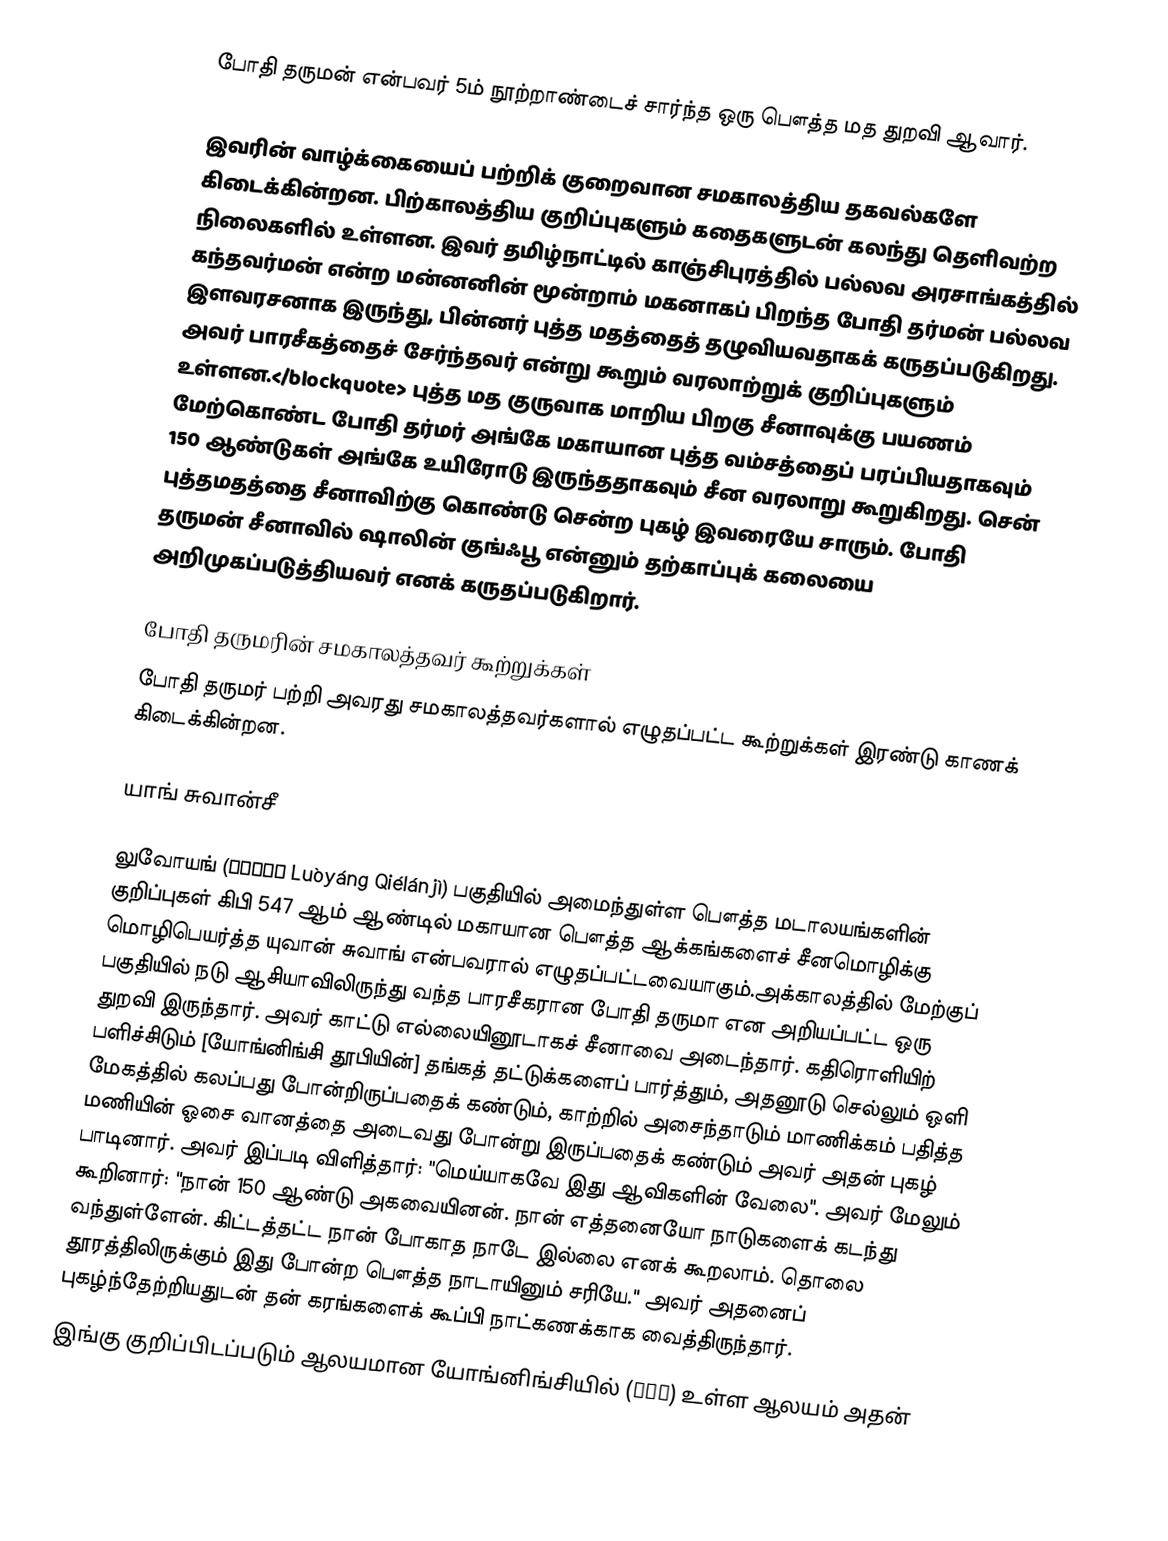
போதி தருமன் என்பவர் 5ம் நூற்றாண்டைச் சார்ந்த ஒரு பௌத்த மத துறவி ஆவார்.

இவரின் வாழ்க்கையைப் பற்றிக் குறைவான சமகாலத்திய தகவல்களே கிடைக்கின்றன. பிற்காலத்திய குறிப்புகளும் கதைகளுடன் கலந்து தெளிவற்ற நிலைகளில் உள்ளன. இவர் தமிழ்நாட்டில் காஞ்சிபுரத்தில் பல்லவ அரசாங்கத்தில் கந்தவர்மன் என்ற மன்னனின் மூன்றாம் மகனாகப் பிறந்த போதி தர்மன் பல்லவ  இளவரசனாக இருந்து, பின்னர் புத்த மதத்தைத் தழுவியவதாகக் கருதப்படுகிறது. அவர் பாரசீகத்தைச் சேர்ந்தவர் என்று கூறும் வரலாற்றுக் குறிப்புகளும் உள்ளன.</blockquote> புத்த மத குருவாக மாறிய பிறகு சீனாவுக்கு பயணம் மேற்கொண்ட போதி தர்மர் அங்கே மகாயான புத்த வம்சத்தைப் பரப்பியதாகவும் 150 ஆண்டுகள் அங்கே உயிரோடு இருந்ததாகவும் சீன வரலாறு கூறுகிறது. சென் புத்தமதத்தை சீனாவிற்கு கொண்டு சென்ற புகழ் இவரையே சாரும். போதி தருமன்  சீனாவில் ஷாலின் குங்ஃபூ என்னும் தற்காப்புக் கலையை அறிமுகப்படுத்தியவர் எனக் கருதப்படுகிறார்.

போதி தருமரின் சமகாலத்தவர் கூற்றுக்கள்
போதி தருமர் பற்றி அவரது சமகாலத்தவர்களால் எழுதப்பட்ட கூற்றுக்கள் இரண்டு காணக் கிடைக்கின்றன.

யாங் சுவான்சீ

லுவோயங் (洛陽伽藍記 Luòyáng Qiélánjì) பகுதியில் அமைந்துள்ள பௌத்த மடாலயங்களின் குறிப்புகள் கிபி 547 ஆம் ஆண்டில் மகாயான பௌத்த ஆக்கங்களைச் சீனமொழிக்கு மொழிபெயர்த்த யுவான் சுவாங் என்பவரால் எழுதப்பட்டவையாகும்.அக்காலத்தில் மேற்குப் பகுதியில் நடு ஆசியாவிலிருந்து வந்த பாரசீகரான போதி தருமா என அறியப்பட்ட ஒரு துறவி இருந்தார். அவர் காட்டு எல்லையினூடாகச் சீனாவை அடைந்தார். கதிரொளியிற் பளிச்சிடும் [யோங்னிங்சி தூபியின்] தங்கத் தட்டுக்களைப் பார்த்தும், அதனூடு செல்லும் ஒளி மேகத்தில் கலப்பது போன்றிருப்பதைக் கண்டும், காற்றில் அசைந்தாடும் மாணிக்கம் பதித்த மணியின் ஓசை வானத்தை அடைவது போன்று இருப்பதைக் கண்டும் அவர் அதன் புகழ் பாடினார். அவர் இப்படி விளித்தார்: "மெய்யாகவே இது ஆவிகளின் வேலை". அவர் மேலும் கூறினார்: "நான் 150 ஆண்டு அகவையினன். நான் எத்தனையோ நாடுகளைக் கடந்து வந்துள்ளேன். கிட்டத்தட்ட நான் போகாத நாடே இல்லை எனக் கூறலாம். தொலை தூரத்திலிருக்கும் இது போன்ற பௌத்த நாடாயினும் சரியே." அவர் அதனைப் புகழ்ந்தேற்றியதுடன் தன் கரங்களைக் கூப்பி நாட்கணக்காக வைத்திருந்தார்.
இங்கு குறிப்பிடப்படும் ஆலயமான யோங்னிங்சியில் (永寧寺) உள்ள ஆலயம் அதன்